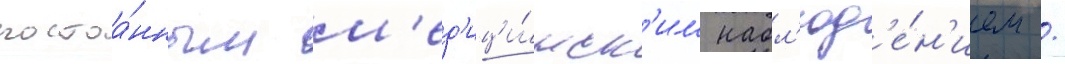
постоа́нным м'ед'ици́нск'им набл'юд'е́н'ием /